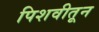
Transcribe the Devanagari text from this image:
पिशवीतून